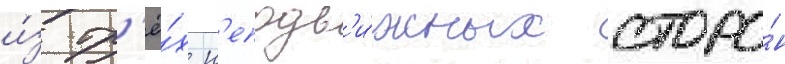
и́з тр'ё́х н'еподв'и́жных сторо́н